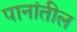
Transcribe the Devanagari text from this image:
पानांतील